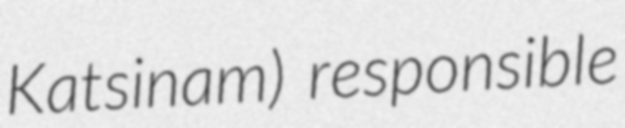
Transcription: Katsinam) responsible